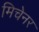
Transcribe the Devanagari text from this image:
मिचेनर